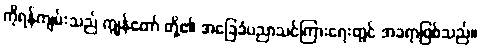
ကိုရန်ကျမ်းသည် ကျွန်တော် တို့၏ အခြေခံပညာသင်ကြားရေးတွင် အခရာဖြစ်သည်။